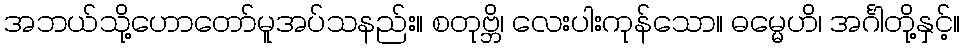
အဘယ်သို့ဟောတော်မူအပ်သနည်း။ စတုဗ္ဘိ၊ လေးပါးကုန်သော။ ဓမ္မေဟိ၊ အင်္ဂါတို့နှင့်။